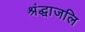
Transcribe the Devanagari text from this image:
श्रंद्धाजलि